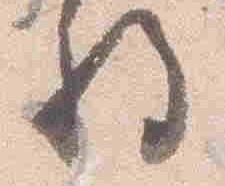
将